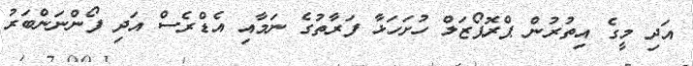
އަދި މީގެ އިތުރުން ޕްރޮޕޯޒަލް ހުށަހަޅާ ފަރާތުގެ ނަމާއި އެޑްރެސް އަދި ފޯންނަންބަރު